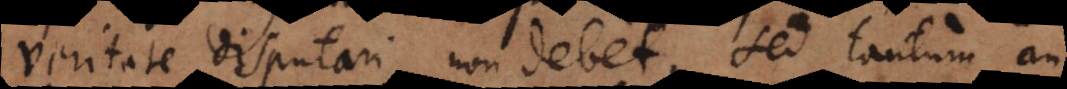
veritate disputari non debet, sed tantum an